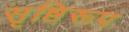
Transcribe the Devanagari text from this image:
सृष्टिरूप